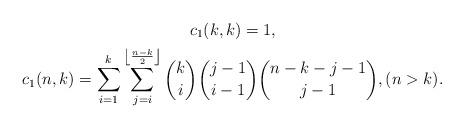
LaTeX: \begin{gather*}c_1(k,k)=1,\\c_1(n,k)=\sum_{i=1}^k\sum_{j=i}^{\left\lfloor\frac{n-k}{2}\right\rfloor}{k\choose i}{j-1\choose i-1}{n-k-j-1\choose j-1},(n>k).\end{gather*}